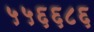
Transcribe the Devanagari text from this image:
५५६६८६